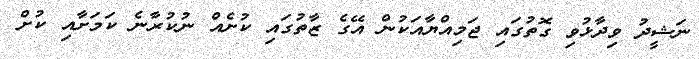
ނަޝީދު ވިދާޅުވި ގޮތުގައި ޖަމިއްޔާއަކުން އޭގެ ޒާތުގައި ކުށެއް ނުކުރާނެ ކަމަށާއި ކުށް